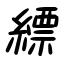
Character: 縹